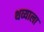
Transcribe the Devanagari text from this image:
थव्याला